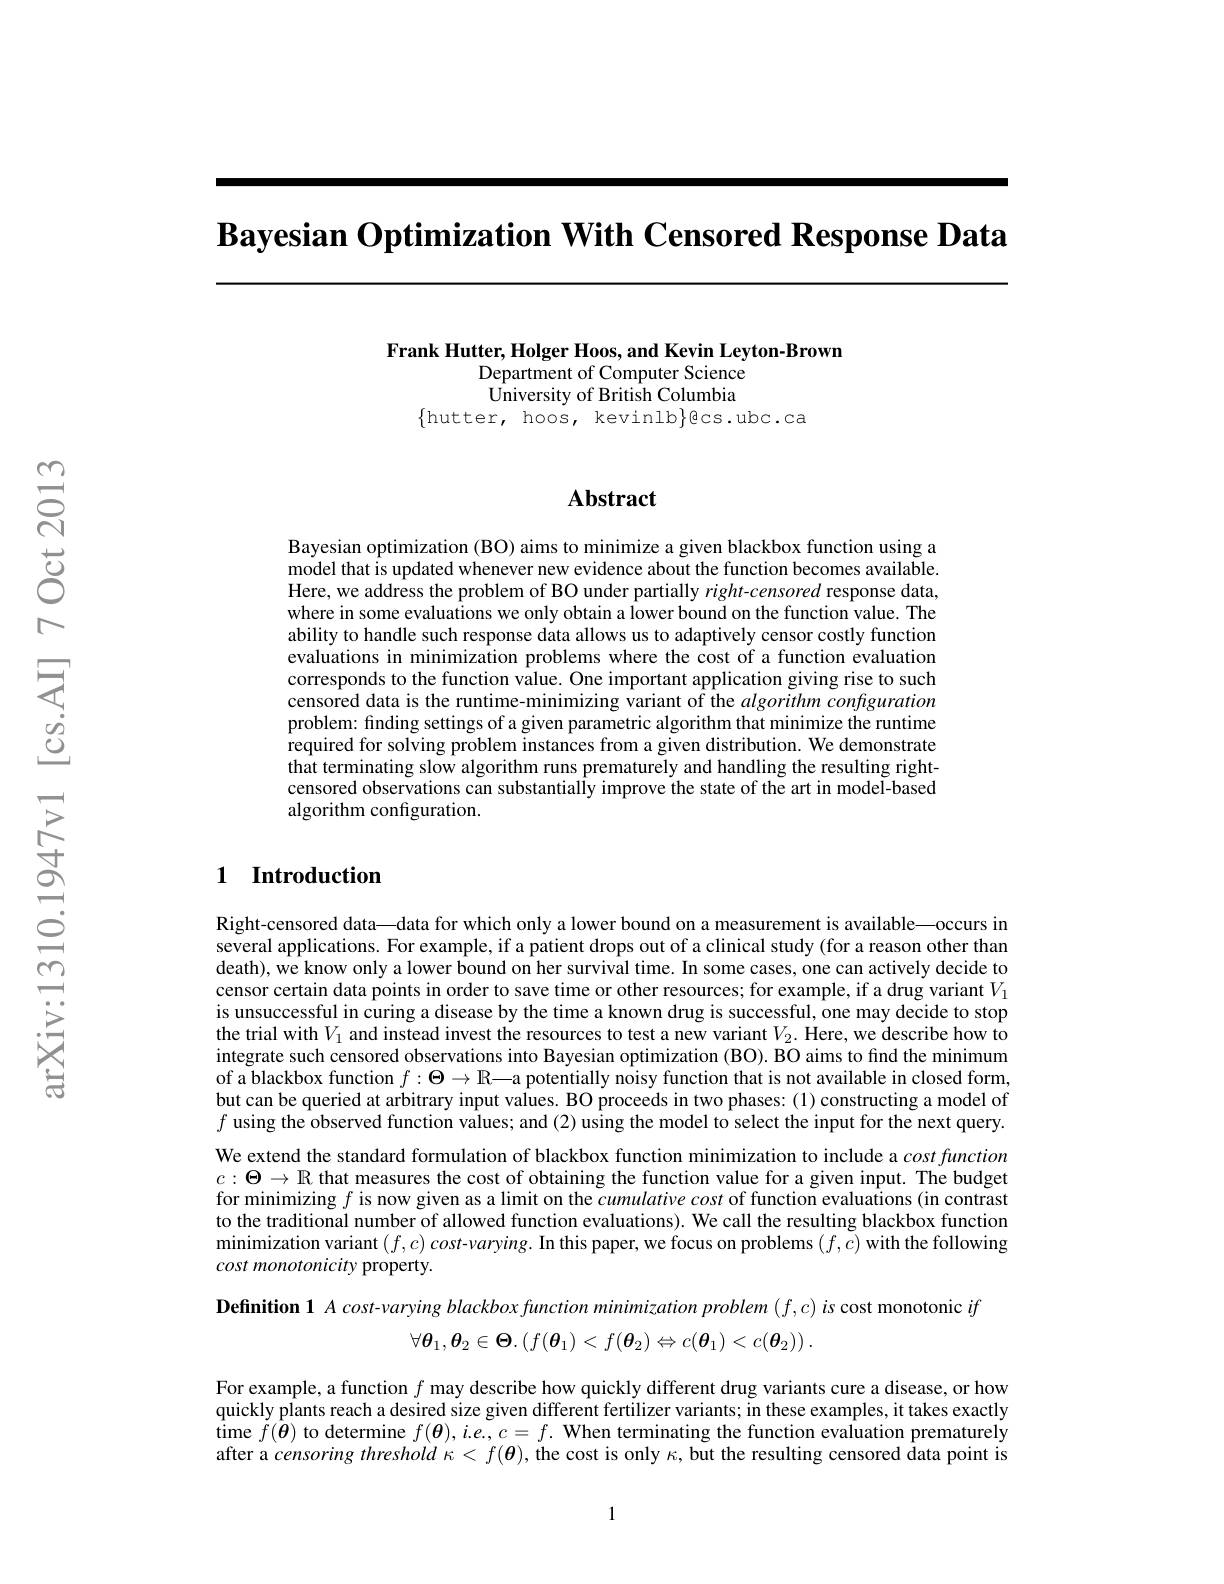
$\textbf{Bayesian Optimization With Censored Response Data}$

Frank Hutter, Holger Hoos, and Kevin Leyton-Brown
Department of Computer Science $\hat{\text{University of British Columbia}}$
$\{$hutter, hoos, kevinlb$\}$ecs.ubc.ca

### $\mathbf{Abstract}$

Bayesian optimization (BO) aims to minimize a given blackbox function using a model that is updated whenever new evidence about the function becomes available. Here, we address the problem of BO under partially $right-censored$ response data, where in some evaluations we only obtain a lower bound on the function value. The ability to handle such response data allows us to adaptively censor costly function evaluations in minimization problems where the cost of a function evaluation corresponds to the function value. One important application giving rise to such censored data is the runtime-minimizing variant of the algorithm configuration problem: finding settings of a given parametric algorithm that minimize the runtime required for solving problem instances from a given distribution. We demonstrate that terminating slow algorithm runs prematurely and handling the resulting rightcensored observations can substantially improve the state of the art in model-based algorithm configuration.

## 1 Introduction

Right-censored data\_—data for which only a lower bound on a measurement is available—occurs in several applications. For example, if a patient drops out of a clinical study (for a reason other than death), we know only a lower bound on her survival time. In some cases, one can actively decide to censor certain data points in order to save time or other resources; for example, if a drug variant $V_1$ is unsuccessful in curing a disease by the time a known drug is successful, one may decide to stop the trial with $V_1$ and instead invest the resources to test a new variant $V_2.$ Here, we describe how to integrate such censored observations into Bayesian optimization (BO). BO aims to find the minimum of a blackbox function $f:\Theta\to\mathbb{R}—$a potentially noisy function that is not available in closed form, but can be queried at arbitrary input values. BO proceeds in two phases: (1) constructing a model of $f$ using the observed function values; and (2) using the model to select the input for the next query. We extend the standard formulation of blackbox function minimization to include a $cost\textit{function}$ $c:\boldsymbol{\Theta}\to\mathbb{R}$ that measures the cost of obtaining the function value for a given input. The budget for minimizing $f$ is now given as a limit on the cumulative cost of function evaluations (in contrast to the traditional number of allowed function evaluations). We call the resulting blackbox function minimization variant $( f, c) \textit{cost- varying. In this paper, we focus on problems }( \tilde {f, c})$ with the following cost monotonicity property.

Definition 1 $Acost-varyingblackboxfunction$ minimization problem $(f,c)is$ cost monotonic $if$
$$\forall\boldsymbol{\theta}_{1},\boldsymbol{\theta}_{2}\in\boldsymbol{\Theta}.\left(f(\boldsymbol{\theta}_{1})<f(\boldsymbol{\theta}_{2})\Leftrightarrow c(\boldsymbol{\theta}_{1})<c(\boldsymbol{\theta}_{2})\right).$$
For example, a function $f$ may describe how quickly different drug variants cure a disease, or how quickly plants reach a desired size given different fertilizer variants; in these examples, it takes exactly $\begin{array}{c}{\mathrm{time~}\tilde{f}(\boldsymbol{\theta})\text{ to determine }f(\boldsymbol{\theta}),i.e.,c=f.\textbf{When terminating the function evaluation prematurely}}\\{\mathrm{time~}\tilde{f}(\boldsymbol{\theta})\text{ to determine }f(\boldsymbol{\theta}),i.e.,c=f.\textbf{When terminating the function evaluation pr}\\{\mathrm{time~}}\\{\mathrm{time~}}\\{\mathrm{time~}}{\tilde{f}(\boldsymbol{\theta})\text{ to }}}\end{array}$ after a censoring threshold $\kappa<f(\boldsymbol{\theta})$, the cost is only $\kappa $,but the resulting censored data point is

1